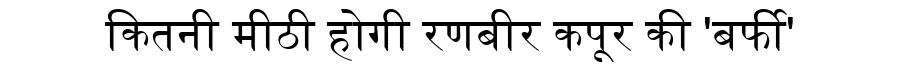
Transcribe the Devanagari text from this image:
कितनी मीठी होगी रणबीर कपूर की 'बर्फी'